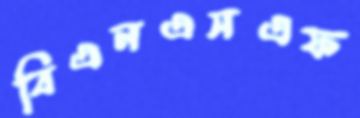
বিএনএসএফ